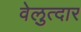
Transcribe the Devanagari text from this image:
वेलुत्दार